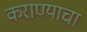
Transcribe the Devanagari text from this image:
कराण्याचा